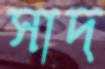
সাদ